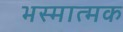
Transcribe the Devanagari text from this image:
भस्मात्मक